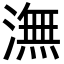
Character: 潕